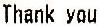
THANK YOU